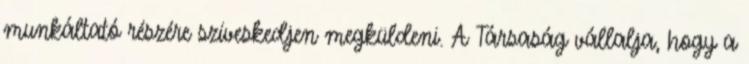
munkáltató részére szíveskedjen megküldeni. A Társaság vállalja, hogy a